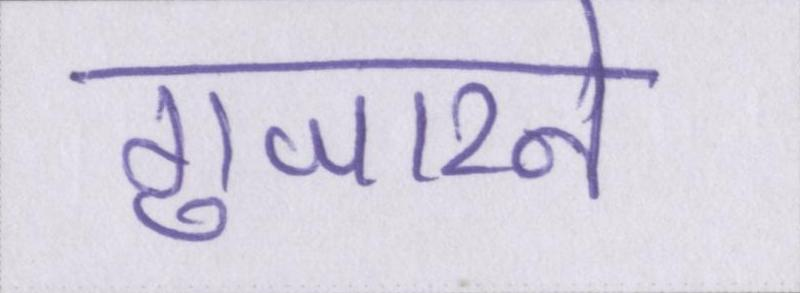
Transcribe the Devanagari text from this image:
गुजारने